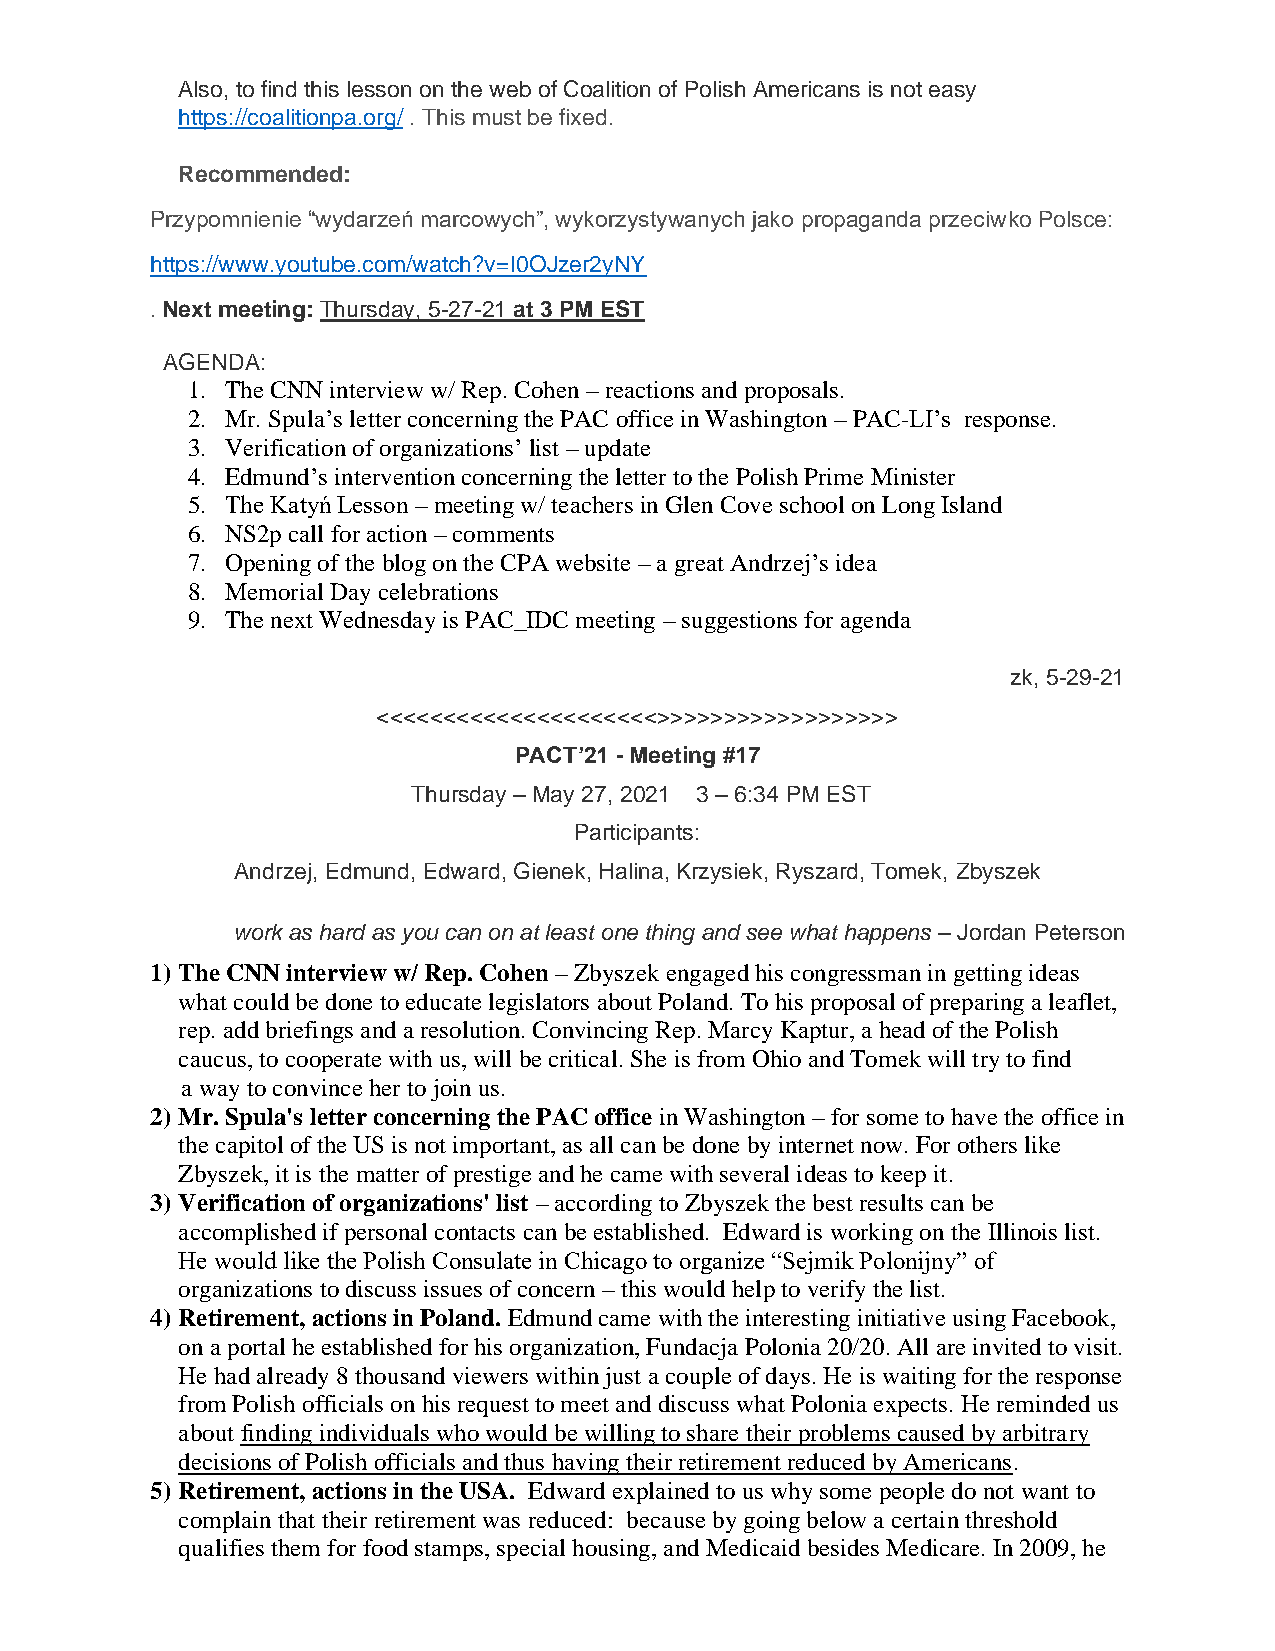
Also, to find this lesson on the web of Coalition of Polish Americans is not easy
 https://coalitionpa.org/ . This must be fixed.
 Recommended:
 Przypomnienie “wydarzeń marcowych”, wykorzystywanych jako propaganda przeciwko Polsce:
 https://www.youtube.com/watch?v=I0OJzer2yNY
 . Next meeting: Thursday, 5-27-21 at 3 PM EST
 AGENDA:
 1. The CNN interview w/ Rep. Cohen – reactions and proposals.
 2. Mr. Spula’s letter concerning the PAC office in Washington – PAC-LI’s response.
 3. Verification of organizations’ list – update
 4. Edmund’s intervention concerning the letter to the Polish Prime Minister
 5. The Katyń Lesson – meeting w/ teachers in Glen Cove school on Long Island
 6. NS2p call for action – comments
 7. Opening of the blog on the CPA website – a great Andrzej’s idea
 8. Memorial Day celebrations
 9. The next Wednesday is PAC_IDC meeting – suggestions for agenda
 zk, 5-29-21
 <<<<<<<<<<<<<<<<<<<<<>>>>>>>>>>>>>>>>>>
 PACT’21 - Meeting #17
 Thursday – May 27, 2021 3 – 6:34 PM EST
 Participants:
 Andrzej, Edmund, Edward, Gienek, Halina, Krzysiek, Ryszard, Tomek, Zbyszek
 work as hard as you can on at least one thing and see what happens – Jordan Peterson
 1) The CNN interview w/ Rep. Cohen – Zbyszek engaged his congressman in getting ideas
 what could be done to educate legislators about Poland. To his proposal of preparing a leaflet,
 rep. add briefings and a resolution. Convincing Rep. Marcy Kaptur, a head of the Polish
 caucus, to cooperate with us, will be critical. She is from Ohio and Tomek will try to find
 a way to convince her to join us.
 2) Mr. Spula's letter concerning the PAC office in Washington – for some to have the office in
 the capitol of the US is not important, as all can be done by internet now. For others like
 Zbyszek, it is the matter of prestige and he came with several ideas to keep it.
 3) Verification of organizations' list – according to Zbyszek the best results can be
 accomplished if personal contacts can be established. Edward is working on the Illinois list.
 He would like the Polish Consulate in Chicago to organize “Sejmik Polonijny” of
 organizations to discuss issues of concern – this would help to verify the list.
 4) Retirement, actions in Poland. Edmund came with the interesting initiative using Facebook,
 on a portal he established for his organization, Fundacja Polonia 20/20. All are invited to visit.
 He had already 8 thousand viewers within just a couple of days. He is waiting for the response
 from Polish officials on his request to meet and discuss what Polonia expects. He reminded us
 about finding individuals who would be willing to share their problems caused by arbitrary
 decisions of Polish officials and thus having their retirement reduced by Americans.
 5) Retirement, actions in the USA. Edward explained to us why some people do not want to
 complain that their retirement was reduced: because by going below a certain threshold
 qualifies them for food stamps, special housing, and Medicaid besides Medicare. In 2009, he